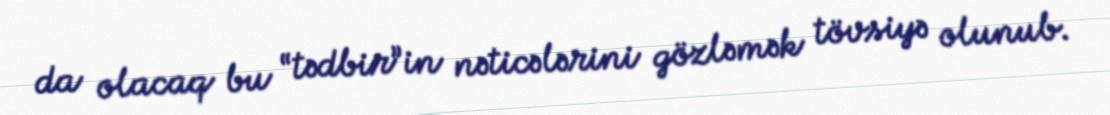
da olacaq bu “tədbir”in nəticələrini gözləmək tövsiyə olunub.